Note on the mental hospitals in Burma - 1925-1940
Year: 1925
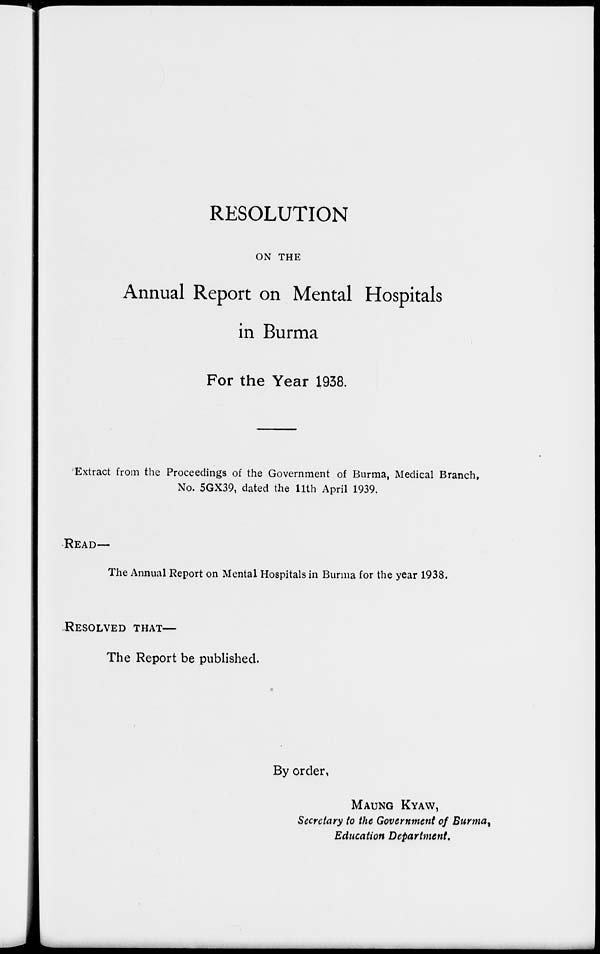
RESOLUTION
ON THE
Annual Report on Mental Hospitals
in Burma
For the Year 1938.
Extract from the Proceedings of the Government of Burma, Medical Branch,
No. 5GX39, dated the 11th April 1939.
READ—
The Annual Report on Mental Hospitals in Burma for the year 1938.
RESOLVED THAT—
The Report be published.
By order,
MAUNG KYAW,
Secretary to the Government of Burma,
Education Department.